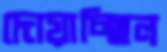
দোয়াচ্ছিল